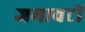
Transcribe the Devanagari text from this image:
जमावटों